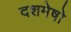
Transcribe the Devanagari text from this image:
दशमेषो